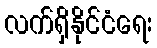
လက်ရှိနိုင်ငံရေး